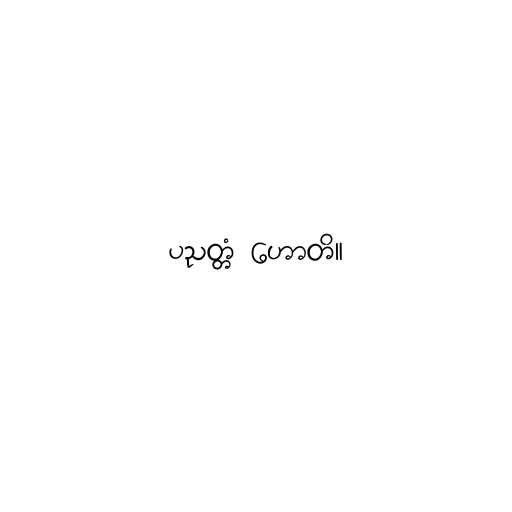
ပညတ္တံ ဟောတိ။